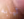
ثيابه